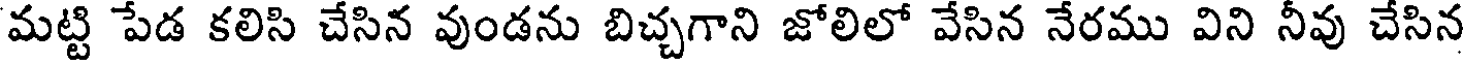
మట్టి పేడ కలిసి చేసిన వుండను బిచ్చగాని జోలిలో వేసిన నేరము విని నీవు చేసిన